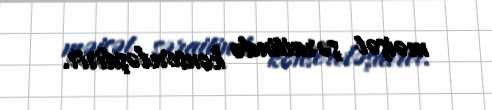
məişət şəraitində konservləşdirir.